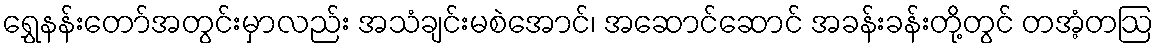
ရွှေနန်းတော်အတွင်းမှာလည်း အသံချင်းမစဲအောင်၊ အဆောင်ဆောင် အခန်းခန်းတို့တွင် တအံ့တဩ